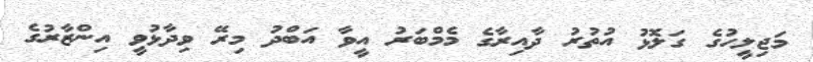
މަޖިލީހުގެ ގަލޮޅު އުތުރު ދާއިރާގެ މެމްބަރު އީވާ އަބްދު މިރޭ ވިދާޅުވީ އިންޒާރުގެ